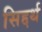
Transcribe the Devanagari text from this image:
सिद्दर्थ